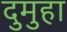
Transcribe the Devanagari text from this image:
दुमुहा